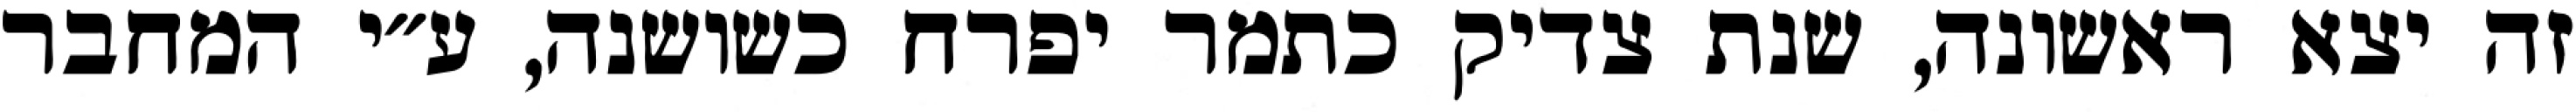
זה יצא ראשונה, שנת צדיק כתמר יפרח כשושנה, ע״י המחבר